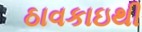
ઠાવકાઇથી